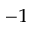
^ { - 1 }